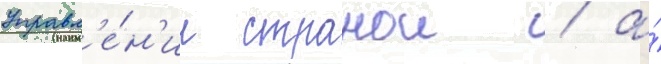
управл'е́н'ии странои / а́